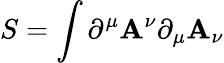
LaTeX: S=\int\partial^{\mu}\mathbf{A}^{\nu}\partial_{\mu}\mathbf{A}_{\nu}